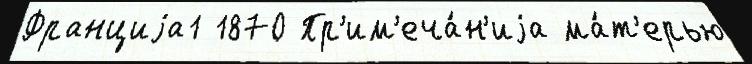
Франциjа1 1870 Пр'им'еча́н'иjа ма́т'ерью